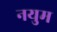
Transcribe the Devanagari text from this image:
नयुम